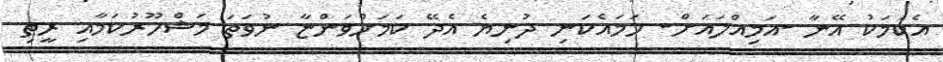
އެކަމަކު އޭނާ -އަމިއްލައަށް- ހަމައެކަނި ދުނިޔެ އެދޭ ކަމަށްވަންޏާ ނުވަތަ މަޝްހޫރުކަމާއި ރީތި